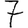
Digit: 7